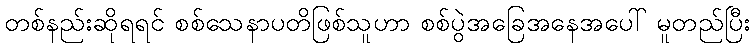
တစ်နည်းဆိုရရင် စစ်သေနာပတိဖြစ်သူဟာ စစ်ပွဲအခြေအနေအပေါ် မူတည်ပြီး